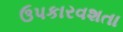
ઉપકારવશતા